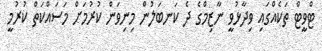
ޓްވީޓް ތަކެއްގައި ވިދާޅުވީ ނާޒިމްގެ ދެ ކަަނބަލުން މިނިވަން ކުރުމަށް މަސައްކަތް ކުރުމީ